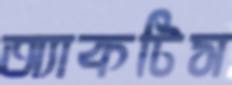
অ্যাকটিস